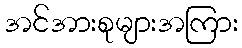
အင်အားစုများအကြား